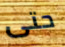
حتى